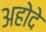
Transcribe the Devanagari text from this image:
अहोदे